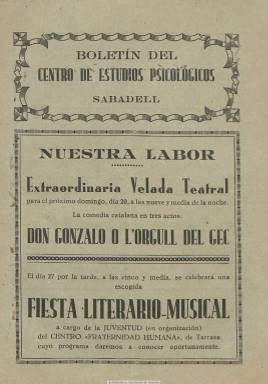
Título: Boletín del Centro de Estudios Psicológicos
Colección: Espiritismo
Ámbito geográfico: Barcelona
Lugar de publicación: Sabadell [Barcelona]
Fechas: 01/04/1930-30/04/1930

Portavoz de esta entidad del espiritismo catalán, ubicada en Sabadell, uno de los más destacadas de  este movimiento de la segunda mitad del siglo diecinueve y primer tercio del veinte, al que la propia publicación califica de “sublime credo”, en donde se da cuenta de sus actividades tanto organizativas como culturales y espiritistas, en un momento en que era presidido por José Soler Castañé. Inserta también abundante publicidad en lengua catalana. Entre las firmas de sus textos aparece la de Ramón Casanova. El número del que dispone la Biblioteca Nacional de España es de 16 páginas, compuesto a una columna. Seguía editándose en 1931, con periodicidad mensual y secuencia anual.